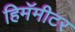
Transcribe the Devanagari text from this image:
हिमॅमीटर